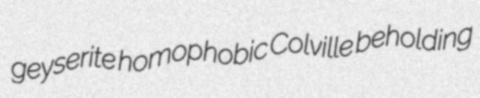
geyserite homophobic Colville beholding